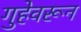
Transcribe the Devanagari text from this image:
गुहेवरून